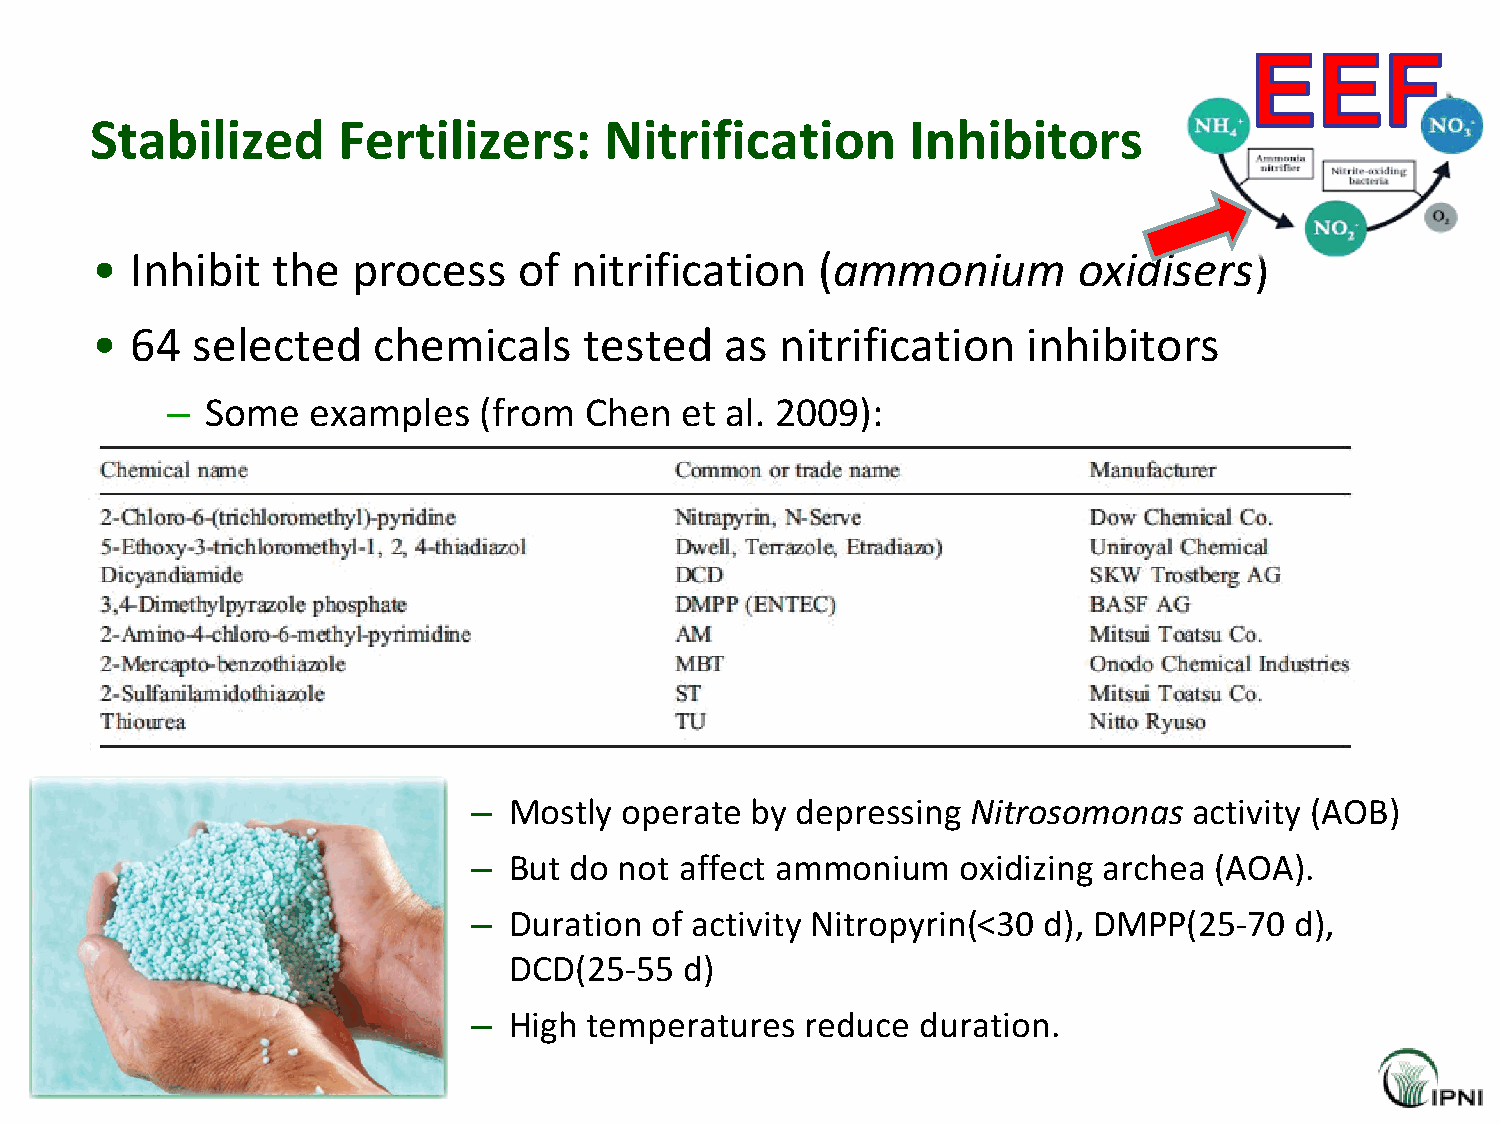
Stabilized      Fertilizers:      Nitrification       Inhibitors
 •  Inhibit  the  process    of  nitrification   (ammonium        oxidisers)
 •  64  selected    chemicals     tested   as  nitrification   inhibitors
 –  Some   examples   (from  Chen  et al. 2009):
 –  Mostly operate  by depressing Nitrosomonas   activity (AOB)
 –  But do not affect ammonium    oxidizing archea (AOA).
 –  Duration of activity Nitropyrin(<30 d), DMPP(25-70  d),
 DCD(25-55  d)
 –  High temperatures  reduce  duration.